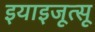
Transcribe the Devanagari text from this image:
इयाइजूत्सू